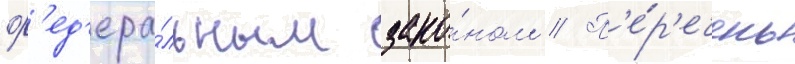
ф'ед'ера́льным зако́ном // П'е́р'ечень